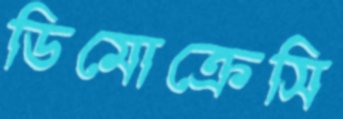
ডিমোক্রেসি